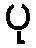
ပု